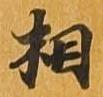
相